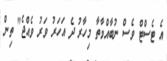
އެ ޓެސްޓް ވެސް ނުބާއްވާތާ މިހާރު ދެ އަހަރު ވަރު ވެއްޖެ" ތިން